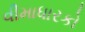
વીમાધારકો